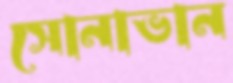
সোনাভান